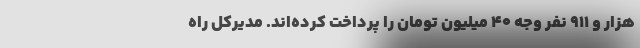
هزار و ۹۱۱ نفر وجه ۴۰ میلیون تومان را پرداخت کرده‌اند. مدیرکل راه